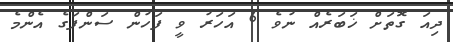
ދިއަ ގޮތަށް ޚަބަރެއް ނުވެ 6 އަހަރު ވީ ފަހުން ސަންފަގެ އެންމެ